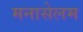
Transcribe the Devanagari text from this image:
मनासेलम